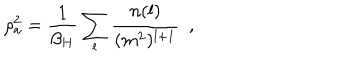
\rho _ { a } ^ { 2 } = { \frac { 1 } { \beta _ { H } } } \sum _ { l } { \frac { n ( l ) } { ( m ^ { 2 } ) ^ { l + 1 } } } ~ ~ ,